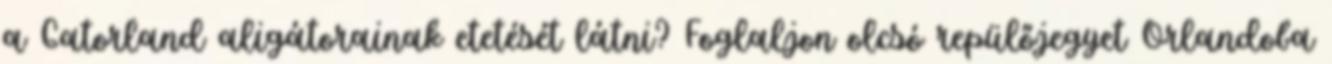
a Gatorland aligátorainak etetését látni? Foglaljon olcsó repülőjegyet Orlandoba